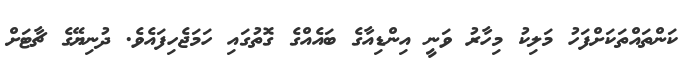
ކަންތައްތަކަށްފަހު މަލިކު މިހާރު ވަނީ އިންޑިއާގެ ބައެއްގެ ގޮތުގައި ހަމަޖެހިފައެވެ. ދުނިޔޭގެ ޗާޓަށް